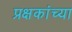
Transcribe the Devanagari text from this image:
प्रक्षकांच्या